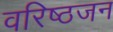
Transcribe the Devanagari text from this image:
वरिष्ठजन